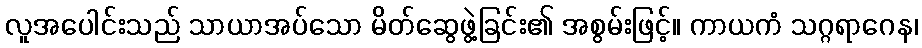
လူအပေါင်းသည် သာယာအပ်သော မိတ်ဆွေဖွဲ့ခြင်း၏ အစွမ်းဖြင့်။ ကာယကံ သဂ္ဂရာဂေန၊